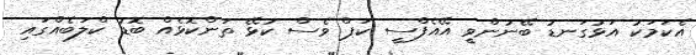
އެކަމަކު އަޅުގަނޑު ބޭނުންވީ އޭއެފްސީ ކަޕް ވެސް ކުޅޭ ތަންކޮޅެއް ބޮޑު ކްލަބެއްގައި